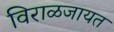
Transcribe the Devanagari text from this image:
विराळजायत